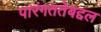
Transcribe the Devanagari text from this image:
पारंगततेबद्दल